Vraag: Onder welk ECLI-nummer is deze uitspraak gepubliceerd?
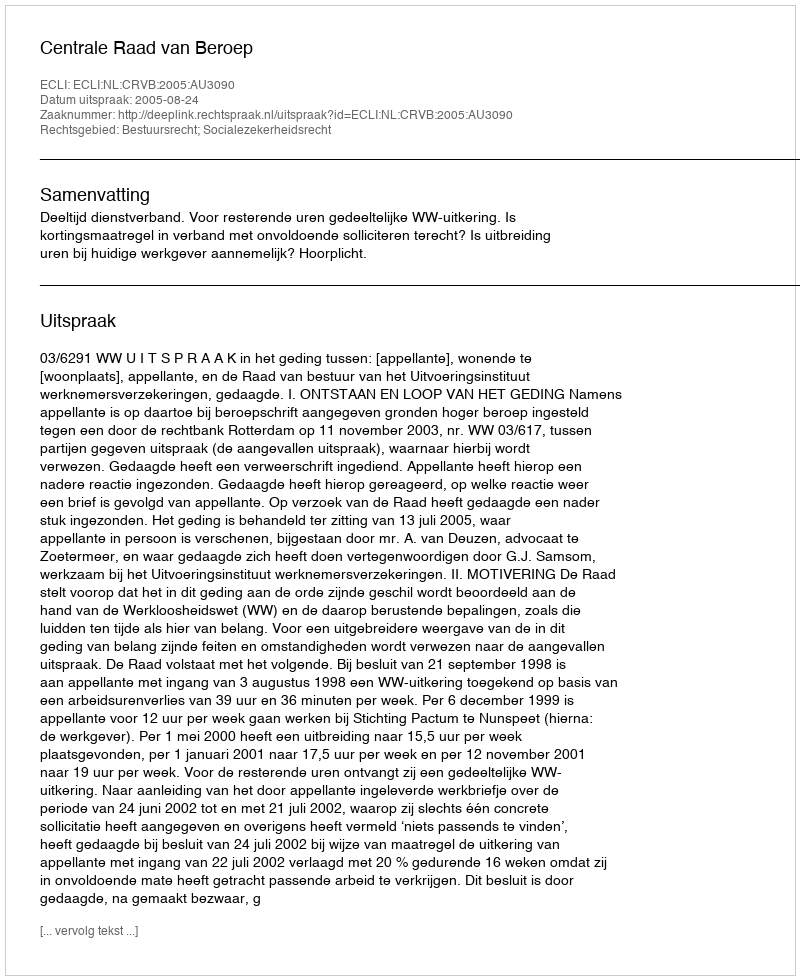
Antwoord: ECLI:NL:CRVB:2005:AU3090